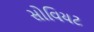
સોવિયટ